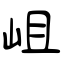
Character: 岨